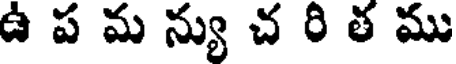
ఉ ప మ న్యు చ రి త ము